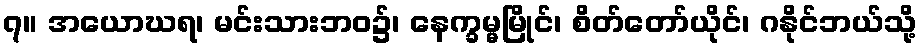
၇။ အယောဃရ၊ မင်းသားဘဝ၌၊ နေက္ခမ္မမြိုင်၊ စိတ်တော်ယိုင်၊ ဂနိုင်ဘယ်သို့